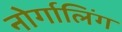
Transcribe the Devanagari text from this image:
नोर्गालिंग